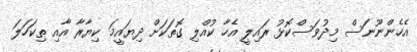
އެހެންނޫނަސް މިިދުވަސްކޮޅު ރައިލީ އެހާ ކުއްލި ގޮތަކަށް ދިޔައީމަ ކިޔާރާ އާއި ތިކަހަލަ